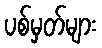
ပစ်မှတ်များ